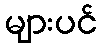
များပင်